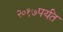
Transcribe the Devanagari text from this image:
२०१७पर्यंत